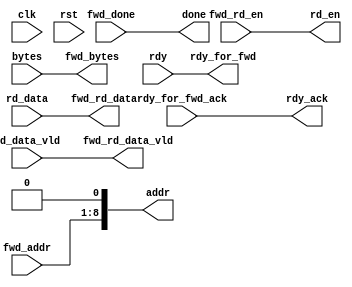
//Copyright 2020 Marco Merlini. This file is part of the fpga-bpf project,
//whose license information can be found at 
//https://github.com/UofT-HPRC/fpga-bpf/blob/master/LICENSE

`timescale 1ns / 1ps

/* 

This can be the second-trickiest adapter. Unlike snooper which essentially just 
posts writes and forgets about them, the forwarder has a sort of dialogue with 
the P3 controller and the packet buffer.

The biggest complication is the memory latency, and how that can also make the 
ready and done signal handshaking messy.

For now, I'm letting the whole adapter be combinational. This may casue timing 
problems later though, so I've written this file in the same format as my other 
modules. This is because it will be easier to add pessimistic registers if I do 
it like this.


 */

module fwd_adapter # (
    parameter PACKMEM_ADDR_WIDTH = 8,
    parameter PACKMEM_DATA_WIDTH = 64,
    parameter PLEN_WIDTH = 32,
    //These control pessimistic registers in the p_ng buffers
    parameter BUF_IN = 0,
    parameter BUF_OUT = 0,
    parameter PESS = 0 //If 1, our output will be buffered
)(
    input wire clk,
    input wire rst,
    
    //Interface to forwarder
    input wire [PACKMEM_ADDR_WIDTH-1:0] fwd_addr,
    input wire fwd_rd_en,
    input wire fwd_done,
    input wire rdy_for_fwd_ack,
    
    output wire rdy_for_fwd,
    output wire [PACKMEM_DATA_WIDTH-1:0] fwd_rd_data,
    output wire fwd_rd_data_vld,
    output wire [PLEN_WIDTH-1:0] fwd_bytes,
    
    //Interface to P3 system
    output wire [PACKMEM_ADDR_WIDTH+1-1:0] addr,
    output wire rd_en,
    output wire done,
    output wire rdy_ack,
    
    input wire rdy,
    input wire [PACKMEM_DATA_WIDTH-1:0] rd_data,
    input wire rd_data_vld,
    input wire [PLEN_WIDTH-1:0] bytes
);    
    /************************************/
    /**Forward-declare internal signals**/
    /************************************/
    
    //Interface to forwarder
    wire [PACKMEM_ADDR_WIDTH-1:0] fwd_addr_i;
    wire fwd_rd_en_i;
    wire fwd_done_i;
    wire rdy_for_fwd_ack_i;
    
    wire rdy_for_fwd_i;
    wire [PACKMEM_DATA_WIDTH-1:0] fwd_rd_data_i;
    wire fwd_rd_data_vld_i;
    wire [PLEN_WIDTH-1:0] fwd_bytes_i;
    
    //Interface to P3 system
    wire [PACKMEM_ADDR_WIDTH+1-1:0] addr_i;
    wire rd_en_i;
    wire done_i;
    wire rdy_ack_i;
    
    wire rdy_i;
    wire [PACKMEM_DATA_WIDTH-1:0] rd_data_i;
    wire rd_data_vld_i;
    wire [PLEN_WIDTH-1:0] bytes_i;
    
    
    /***************************************/
    /**Assign internal signals from inputs**/
    /***************************************/
    //Interface to forwarder
    assign fwd_addr_i        = fwd_addr;
    assign fwd_rd_en_i       = fwd_rd_en;
    assign fwd_done_i        = fwd_done;
    assign rdy_for_fwd_ack_i = rdy_for_fwd_ack;
    
    //Interface to P3 system
    assign rdy_i             = rdy;
    assign rd_data_i         = rd_data;
    assign rd_data_vld_i     = rd_data_vld;
    assign bytes_i           = bytes;
    
    /****************/
    /**Do the logic**/
    /****************/
    
    assign addr_i            = {fwd_addr_i, 1'b0};
    assign rd_en_i           = fwd_rd_en_i;
    assign done_i            = fwd_done_i;
    assign rdy_ack_i         = rdy_for_fwd_ack_i;
    
    assign rdy_for_fwd_i     = rdy_i;
    assign fwd_rd_data_i     = rd_data_i;
    assign fwd_rd_data_vld_i = rd_data_vld_i;
    assign fwd_bytes_i       = bytes_i;
    
    /****************************************/
    /**Assign outputs from internal signals**/
    /****************************************/
    //Interface to forwarder    
    assign rdy_for_fwd       = rdy_for_fwd_i;
    assign fwd_rd_data       = fwd_rd_data_i;
    assign fwd_rd_data_vld   = fwd_rd_data_vld_i;
    assign fwd_bytes         = fwd_bytes_i;
    
    //Interface to P3 system
    assign addr              = addr_i;
    assign rd_en             = rd_en_i;
    assign done              = done_i;
    assign rdy_ack           = rdy_ack_i;

endmodule